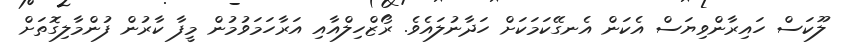
ލޫކަސް ހައިރާންވިޔަސް އެކަން އެނގޭކަމަކަށް ހަދާނުލައެވެ. ރޯޒްހިލްއާއި އަރާހަމަވުމުން މީފާ ކާރުން ފުންމާލިގޮތަށް